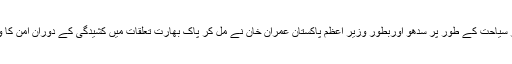
یہی وجہ ہے کہ اب مشرقی پنجاب کے وزیر سیاحت کے طور پر سدھو اوربطور وزیر اعظم پاکستان عمران خان نے مل کر پاک بھارت تعلقات میں کشیدگی کے دوران امن کا واضح پیغام کرتار پور کی شکل میں دیا ہے ۔